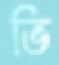
ভি